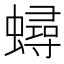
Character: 蟳